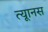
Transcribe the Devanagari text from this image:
त्यूानस